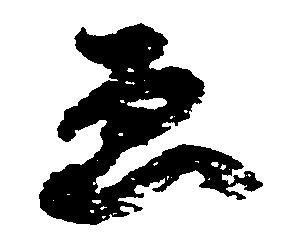
ゑ